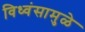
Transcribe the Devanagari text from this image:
विध्वंसामुळे